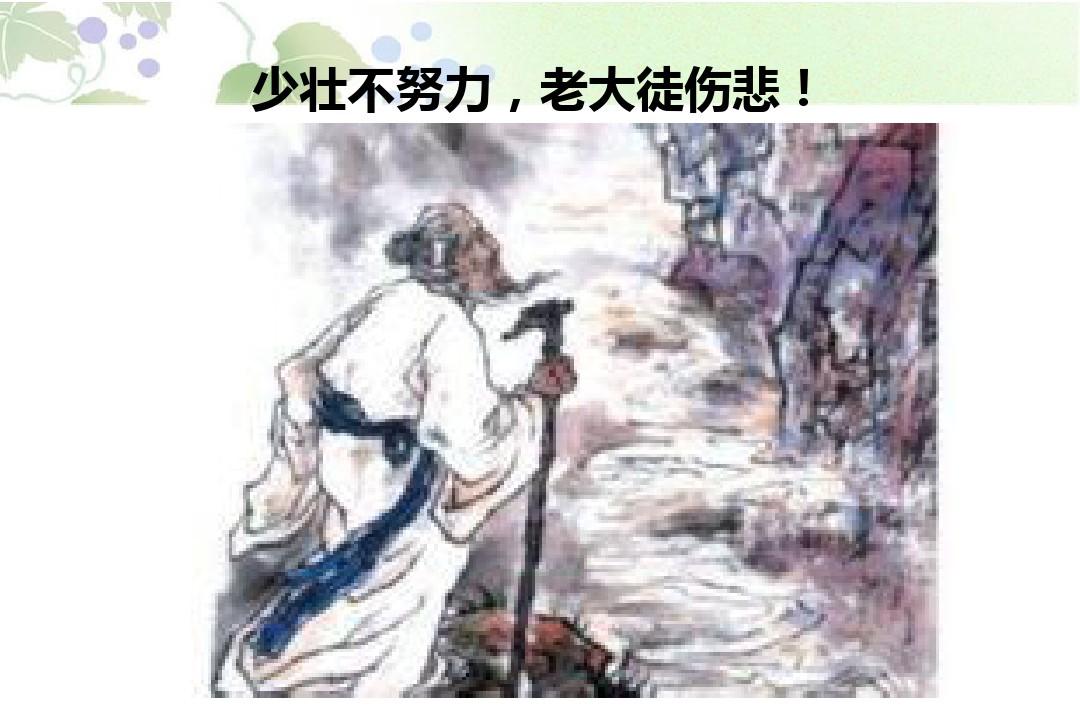
少壮不努力，老大徒伤悲！